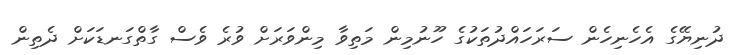
ދުނިޔޭގެ އެހެނިހެން ސަރަހައްދުތަކުގެ ހޫނުމިން މަތިވާ މިންވަރަށް ވުރެ ވެސް ގާތްގަނޑަކަށް ދެތިން